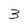
Character: 3